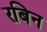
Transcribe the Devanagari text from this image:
रबिन